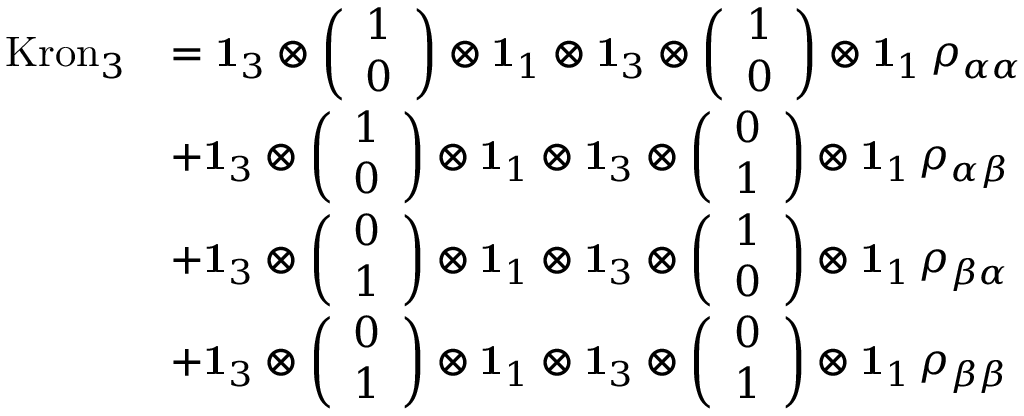
\begin{array} { r l } { \mathrm { K r o n } _ { 3 } } & { = \mathbf { 1 } _ { 3 } \otimes \left( \begin{array} { l } { 1 } \\ { 0 } \end{array} \right) \otimes \mathbf { 1 } _ { 1 } \otimes \mathbf { 1 } _ { 3 } \otimes \left( \begin{array} { l } { 1 } \\ { 0 } \end{array} \right) \otimes \mathbf { 1 } _ { 1 } \, \rho _ { \alpha \alpha } } \\ & { + \mathbf { 1 } _ { 3 } \otimes \left( \begin{array} { l } { 1 } \\ { 0 } \end{array} \right) \otimes \mathbf { 1 } _ { 1 } \otimes \mathbf { 1 } _ { 3 } \otimes \left( \begin{array} { l } { 0 } \\ { 1 } \end{array} \right) \otimes \mathbf { 1 } _ { 1 } \, \rho _ { \alpha \beta } } \\ & { + \mathbf { 1 } _ { 3 } \otimes \left( \begin{array} { l } { 0 } \\ { 1 } \end{array} \right) \otimes \mathbf { 1 } _ { 1 } \otimes \mathbf { 1 } _ { 3 } \otimes \left( \begin{array} { l } { 1 } \\ { 0 } \end{array} \right) \otimes \mathbf { 1 } _ { 1 } \, \rho _ { \beta \alpha } } \\ & { + \mathbf { 1 } _ { 3 } \otimes \left( \begin{array} { l } { 0 } \\ { 1 } \end{array} \right) \otimes \mathbf { 1 } _ { 1 } \otimes \mathbf { 1 } _ { 3 } \otimes \left( \begin{array} { l } { 0 } \\ { 1 } \end{array} \right) \otimes \mathbf { 1 } _ { 1 } \, \rho _ { \beta \beta } } \end{array}